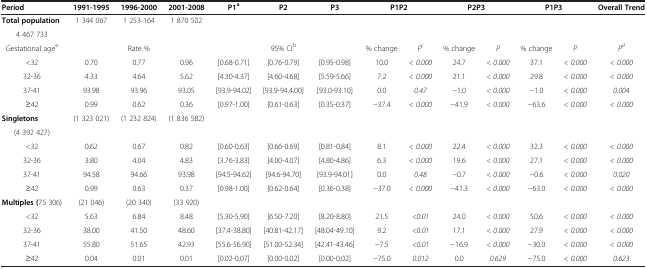
<table><thead><tr><td><b>Period</b></td><td><b>1991-1995</b></td><td><b>1996-2000</b></td><td><b>2001-2008</b></td><td><b>P1<sup>a</sup></b></td><td><b>P2</b></td><td><b>P3</b></td><td colspan="2"><b>P1P2</b></td><td colspan="2"><b>P2P3</b></td><td colspan="2"><b>P1P3</b></td><td><b>Overall Trend</b></td></tr></thead><tbody><tr><td><b>Total population</b></td><td rowspan="2">1 344 067</td><td rowspan="2">1 253 164</td><td rowspan="2">1 870 502</td><td>[EMPTY_CELL]</td><td>[EMPTY_CELL]</td><td>[EMPTY_CELL]</td><td>[EMPTY_CELL]</td><td>[EMPTY_CELL]</td><td>[EMPTY_CELL]</td><td>[EMPTY_CELL]</td><td>[EMPTY_CELL]</td><td>[EMPTY_CELL]</td><td>[EMPTY_CELL]</td></tr><tr><td>4 467 733</td><td>[EMPTY_CELL]</td><td>[EMPTY_CELL]</td><td>[EMPTY_CELL]</td><td>[EMPTY_CELL]</td><td>[EMPTY_CELL]</td><td>[EMPTY_CELL]</td><td>[EMPTY_CELL]</td><td>[EMPTY_CELL]</td><td>[EMPTY_CELL]</td><td>[EMPTY_CELL]</td></tr><tr><td>Gestational age<sup>e</sup></td><td colspan="3">Rate %</td><td>[EMPTY_CELL]</td><td>95% CI<sup>b</sup></td><td>[EMPTY_CELL]</td><td>% change</td><td><i>P</i><sup><i>c</i></sup></td><td>% change</td><td><i>P</i></td><td>% change</td><td><i>P</i></td><td><i>P</i><sup><i>d</i></sup></td></tr><tr><td>&lt;32</td><td>0.70</td><td>0.77</td><td>0.96</td><td>[0.68-0.71]</td><td>[0.76-0.79]</td><td>[0.95-0.98]</td><td>10.0</td><td><i>&lt; 0.000</i></td><td>24.7</td><td><i>&lt; 0.000</i></td><td>37.1</td><td><i>&lt; 0.000</i></td><td><i>&lt; 0.000</i></td></tr><tr><td>32-36</td><td>4.33</td><td>4.64</td><td>5.62</td><td>[4.30-4.37]</td><td>[4.60-4.68]</td><td>[5.59-5.66]</td><td>7.2</td><td><i>&lt; 0.000</i></td><td>21.1</td><td><i>&lt; 0.000</i></td><td>29.8</td><td><i>&lt; 0.000</i></td><td><i>&lt; 0.000</i></td></tr><tr><td>37-41</td><td>93.98</td><td>93.96</td><td>93.05</td><td>[93.9-94.02]</td><td>[93.9-94.4.00]</td><td>[93.0-93.10]</td><td>0.0</td><td><i>0.47</i></td><td>−1.0</td><td><i>&lt; 0.000</i></td><td>−1.0</td><td><i>&lt; 0.000</i></td><td><i>0.004</i></td></tr><tr><td>≥42</td><td>0.99</td><td>0.62</td><td>0.36</td><td>[0.97-1.00]</td><td>[0.61-0.63]</td><td>[0.35-0.37]</td><td>−37.4</td><td><i>&lt; 0.000</i></td><td>−41.9</td><td><i>&lt; 0.000</i></td><td>−63.6</td><td><i>&lt; 0.000</i></td><td><i>&lt; 0.000</i></td></tr><tr><td><b>Singletons</b></td><td rowspan="2">(1 323 021)</td><td rowspan="2">(1 232 824)</td><td rowspan="2">(1 836 582)</td><td rowspan="2">[EMPTY_CELL]</td><td rowspan="2">[EMPTY_CELL]</td><td rowspan="2">[EMPTY_CELL]</td><td rowspan="2">[EMPTY_CELL]</td><td rowspan="2">[EMPTY_CELL]</td><td rowspan="2">[EMPTY_CELL]</td><td rowspan="2">[EMPTY_CELL]</td><td rowspan="2">[EMPTY_CELL]</td><td rowspan="2">[EMPTY_CELL]</td><td rowspan="2">[EMPTY_CELL]</td></tr><tr><td>(4 392 427)</td></tr><tr><td>&lt;32</td><td>0.62</td><td>0.67</td><td>0.82</td><td>[0.60-0.63]</td><td>[0.66-0.69]</td><td>[0.81-0.84]</td><td>8.1</td><td><i>&lt; 0.000</i></td><td>22.4</td><td><i>&lt; 0.000</i></td><td>32.3</td><td><i>&lt; 0.000</i></td><td><i>&lt; 0.000</i></td></tr><tr><td>32-36</td><td>3.80</td><td>4.04</td><td>4.83</td><td>[3.76-3.83]</td><td>[4.00-4.07]</td><td>[4.80-4.86]</td><td>6.3</td><td><i>&lt; 0.000</i></td><td>19.6</td><td><i>&lt; 0.000</i></td><td>27.1</td><td><i>&lt; 0.000</i></td><td><i>&lt; 0.000</i></td></tr><tr><td>37-41</td><td>94.58</td><td>94.66</td><td>93.98</td><td>[94.5-94.62]</td><td>[94.6-94.70]</td><td>[93.9-94.01]</td><td>0.0</td><td><i>0.48</i></td><td>−0.7</td><td><i>&lt; 0.000</i></td><td>−0.6</td><td><i>&lt; 0.000</i></td><td><i>0.020</i></td></tr><tr><td>≥42</td><td>0.99</td><td>0.63</td><td>0.37</td><td>[0.98-1.00]</td><td>[0.62-0.64]</td><td>[0.36-0.38]</td><td>−37.0</td><td><i>&lt; 0.000</i></td><td>−41.3</td><td><i>&lt; 0.000</i></td><td>−63.0</td><td><i>&lt; 0.000</i></td><td><i>&lt; 0.000</i></td></tr><tr><td><b>Multiples (</b>75 306)</td><td>(21 046)</td><td>(20 340)</td><td>(33 920)</td><td>[EMPTY_CELL]</td><td>[EMPTY_CELL]</td><td>[EMPTY_CELL]</td><td>[EMPTY_CELL]</td><td>[EMPTY_CELL]</td><td>[EMPTY_CELL]</td><td>[EMPTY_CELL]</td><td>[EMPTY_CELL]</td><td>[EMPTY_CELL]</td><td>[EMPTY_CELL]</td></tr><tr><td>&lt;32</td><td>5.63</td><td>6.84</td><td>8.48</td><td>[5.30-5.90]</td><td>[6.50-7.20]</td><td>[8.20-8.80]</td><td>21.5</td><td><i>&lt;0.01</i></td><td>24.0</td><td><i>&lt; 0.000</i></td><td>50.6</td><td><i>&lt; 0.000</i></td><td><i>&lt; 0.000</i></td></tr><tr><td>32-36</td><td>38.00</td><td>41.50</td><td>48.60</td><td>[37.4-38.80]</td><td>[40.81-42.17]</td><td>[48.04-49.10]</td><td>9.2</td><td><i>&lt;0.01</i></td><td>17.1</td><td><i>&lt; 0.000</i></td><td>27.9</td><td><i>&lt; 0.000</i></td><td><i>&lt; 0.000</i></td></tr><tr><td>37-41</td><td>55.80</td><td>51.65</td><td>42.93</td><td>[55.6-56.90]</td><td>[51.00-52.34]</td><td>[42.41-43.46]</td><td>−7.5</td><td><i>&lt;0.01</i></td><td>−16.9</td><td><i>&lt; 0.000</i></td><td>−30.0</td><td><i>&lt; 0.000</i></td><td><i>&lt; 0.000</i></td></tr><tr><td>≥42</td><td>0.04</td><td>0.01</td><td>0.01</td><td>[0.02-0.07]</td><td>[0.00-0.02]</td><td>[0.00-0.02]</td><td>−75.0</td><td><i>0.012</i></td><td>0.0</td><td><i>0.629</i></td><td>−75.0</td><td><i>&lt; 0.000</i></td><td><i>0.623</i></td></tr></tbody></table>